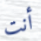
أنت